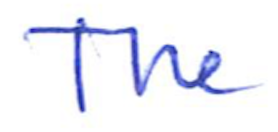
Text: The
Cross-out: clean
Writing tool: ballpoint